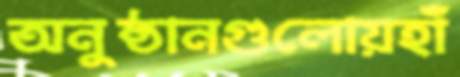
অনুষ্ঠানগুলোয়হাঁ